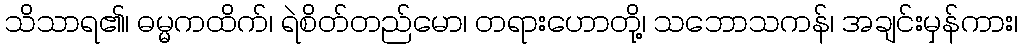
သိသာရ၏၊ ဓမ္မကထိက်၊ ရဲစိတ်တည်မော၊ တရားဟောတို့၊ သဘောသကန်၊ အချင်းမှန်ကား၊